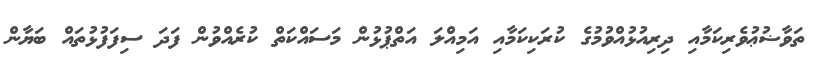
ތަވާޟުޢުވެރިކަމާއި ދިރިއުޅުއްވުމުގެ ކުރަކިކަމާއި އަމިއްލަ އަތްޕުޅުން މަސައްކަތް ކުރެއްވުން ފަދަ ސިފަފުޅުތައް ބަޔާން